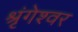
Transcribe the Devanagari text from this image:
श्रृंगेश्‍वर